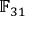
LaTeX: \mathbb { F } _ { 3 1 }